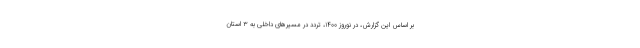
بر اساس این گزارش، در نوروز ۱۴۰۰، تردد در مسیرهای داخلی به ۳ استان